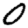
Digit: 0